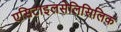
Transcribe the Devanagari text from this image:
एसिटाइलसेलिसिलिक